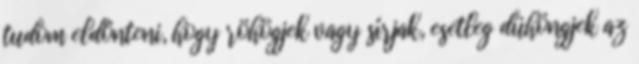
tudom eldönteni, hogy röhögjek vagy sírjak, esetleg dühöngjek az